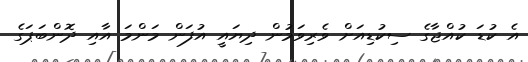
އެ ކުޑަ ކުއްޖާގެ ސިކުޑިއަށް ވެރިވަމުން ދިޔައީ އުފަން މަންމަ އާއި ދޮންބަޕަގެ